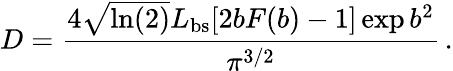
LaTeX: D=\frac{4\sqrt{\ln(2)}L_{\mathrm{bs}}[2bF(b)-1]\exp{b^{2}}}{\pi^{3/2}}\, .